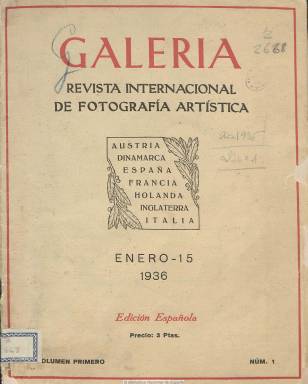
Título: Galería (Madrid. 1936)
Colección: Fotografía
Ámbito geográfico: Madrid
Lugar de publicación: Madrid
Fechas: 15/01/1936-15/01/1936

Edición española de la prestigiosa revista austriaca de fotografía Die Galerie (1930-), que coordina José Ortiz Echagüe (1886-1980) desde Madrid y dirigida también al público hispanoamericano, y que contaba con otras ediciones en Dinamarca, Francia, Holanda, Inglaterra, Italia o Checoslovaquia. Tanto López Mondejar (1999) como Elisabet Insensen (2000) dan cuenta de su adscripción a la tradición denominada pictoralista del arte fotográfico, pero sin que objetara de la moderna o vanguardista de la década de los treinta. La Biblioteca Nacional de España dispone de una sola entrega de este título, seriado como volumen primero, número 1, fechado el 15 de enero de 1936, pero había publicado en octubre de 1935 un número cero y su número 6 corresponde a junio de 1936, debiendo interrumpir su publicación, como tantos otros, al estallar la guerra civil española.

Revista internacional de fotografía artística es el subtítulo de esta entrega, de 36 páginas, compuestas a dos columnas y con una cuidada edición. Inserta un extracto traducido de un artículo publicado previamente por Pierre Liercourt bajo el epígrafe La fotografía actual, y otro de carácter técnico de J. Bulnak, director de la Sección de Fotografía de la Facultad de Bellas Artes de la Universidad de Wilna (Polonia). Ofrece información sobre los denominados salones de fotografía, como es el XI Salón Internacional de Fotografía celebrado en Zaragoza, y de la aportación española a los salones extranjeros. Cuenta con una sección de Notas bibliográficas y otra de Vida social, y en esta informa sobre la Agrupación Fotográfica de Cataluña.

Además de sus páginas de texto, en una veintena de ellas inserta el mismo número de reproducciones fotográficas de diversos autores de Francia, Japón, Inglaterra, Alemania, Italia, Checoslovaquia o de España. En este caso corresponde a una del Conde de Ventosa y presidente de la Real Sociedad Fotográfica de Madrid, José María Álvarez de Toledo (1881-1950). Ortiz Echagüe fue el corresponsal en España de la vienesa Die Galerie, y en su edición castellana contó con un nutrido número de corresponsales-colaboradores en diferentes ciudades españolas, así como en Uruguay y Montevideo, de cuya relación da cuenta. Inserta también alguna publicidad comercial, y en su cubierta utiliza dos tintas.